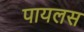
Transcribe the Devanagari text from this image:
पायलस